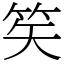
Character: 笶